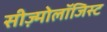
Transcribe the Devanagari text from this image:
सीज़्मोलॉजिस्ट